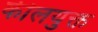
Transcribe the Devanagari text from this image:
कीलयुक्त